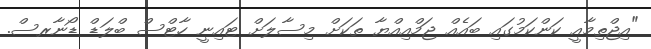
"އިޖްތިމާއީ ކަންކަމުގައި ބައެއް ޖަމްއިއްޔާ ތަކަށް މިސާލަށް ޓައިނީ ހާޓްސް ބްލަޑް ޑޯނާރސް.